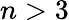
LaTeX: n>3